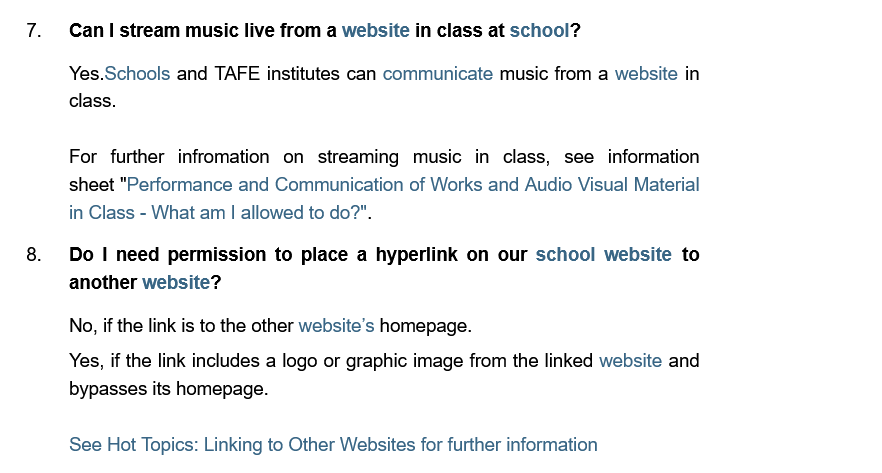
7.   Can stream music live from a website in class at school?
     Yes.Schools and TAFE institutes can communicate music from a website in
     class.
     For further infromation on streaming music in class, see information
     sheet "Performance and Communication of Works and Audio Visual Material
     in Class
     -
     What am | allowed to do?".
   8.   Do 1 need permission to place a hyperlink on our school website to
     another website?
     No, if the link is to the other website’s homepage.
     Yes, if the link includes a logo or graphic image from the linked website and
     bypasses its homepage.
     See Hot Topics: Linking to Other Websites for further information